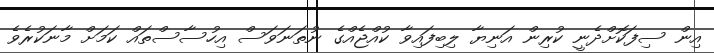
އިން ސިފަކޮށްދެނީ ކުރިން އަނިޔާ ލިބިފައިވާ ކުއްޖެއްގެ ނުތަނަވަސް އިހުސާސްތައް ކަމަށް މާނަކުރެވެ